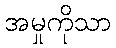
အမှုကိုသာ